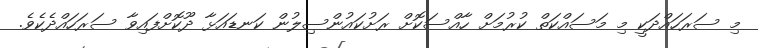
މި ސަރަހައްދަކީ މި މަސައްކަތް ކުރުމަށް ހާއްސަކޮށް ރަށުކައުންސިލުން ކަނޑައަޅާ ދޫކޮށްފައިވާ ސަރަހައްދެކެވެ.